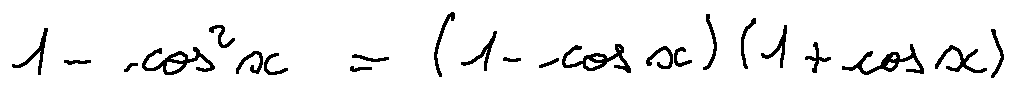
1 - \cos ^ { 2 } x = ( 1 - \cos x ) ( 1 + \cos x )